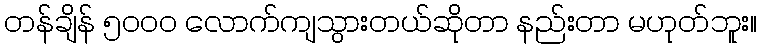
တန်ချိန် ၅၀၀၀ လောက်ကျသွားတယ်ဆိုတာ နည်းတာ မဟုတ်ဘူး။